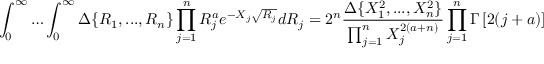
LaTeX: \int _ { 0 } ^ { \infty } \ldots \int _ { 0 } ^ { \infty } \Delta \{ R _ { 1 } , . . . , R _ { n } \} \prod _ { j = 1 } ^ { n } R _ { j } ^ { a } e ^ { - X _ { j } \sqrt { R _ { j } } } d R _ { j } = 2 ^ { n } \frac { \Delta \{ X _ { 1 } ^ { 2 } , . . . , X _ { n } ^ { 2 } \} } { \prod _ { j = 1 } ^ { n } X _ { j } ^ { 2 ( a + n ) } } \prod _ { j = 1 } ^ { n } \Gamma \left[ 2 ( j + a ) \right]